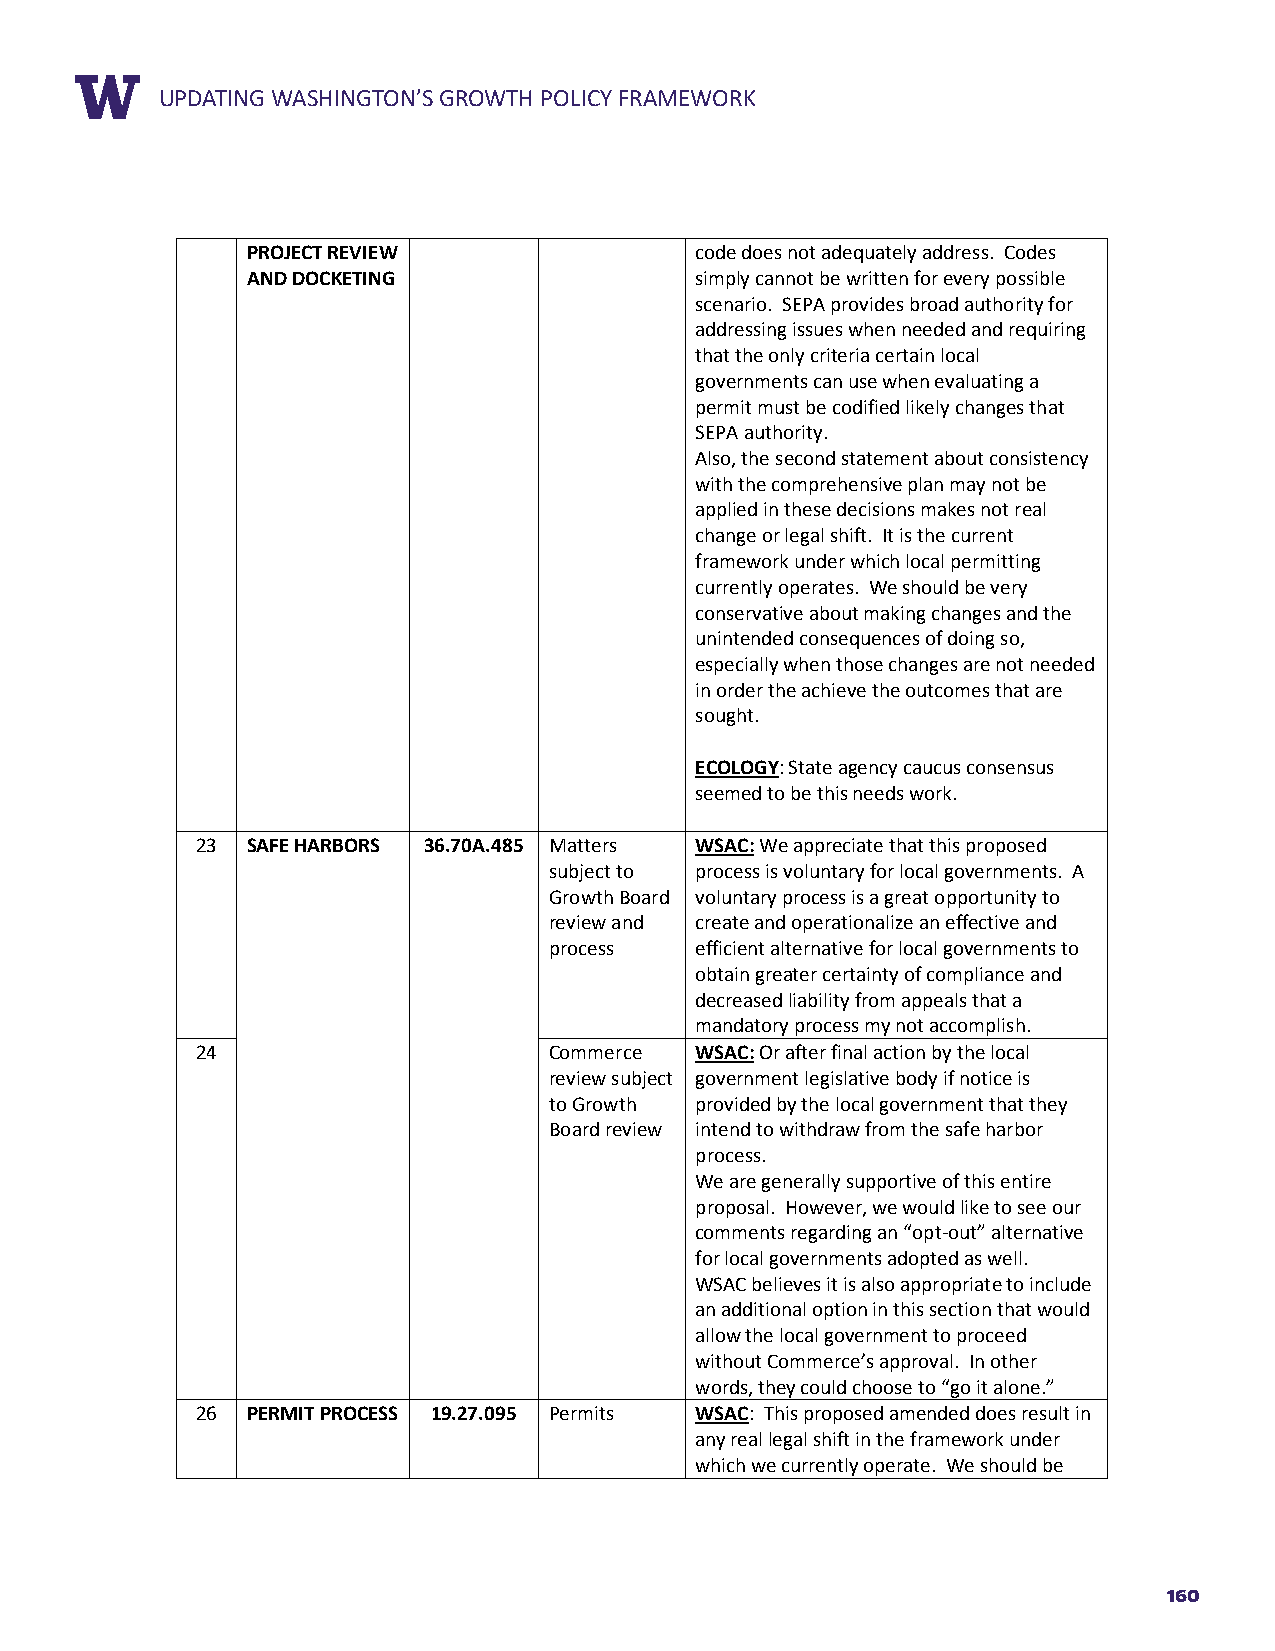
RUEPPDOARTTIN TGIT WLEASHINGTON’S GROWTH POLICY FRAMEWORK
 PROJECT REVIEW                code does not adequately address. Codes
 AND DOCKETING                 simply cannot be written for every possible
 scenario. SEPA provides broad authority for
 addressing issues when needed and requiring
 that the only criteria certain local
 governments can use when evaluating a
 permit must be codified likely changes that
 SEPA authority.
 Also, the second statement about consistency
 with the comprehensive plan may not be
 applied in these decisions makes not real
 change or legal shift. It is the current
 framework under which local permitting
 currently operates. We should be very
 conservative about making changes and the
 unintended consequences of doing so,
 especially when those changes are not needed
 in order the achieve the outcomes that are
 sought.
 ECOLOGY: State agency caucus consensus
 seemed to be this needs work.
 23 SAFE HARBORS 36.70A.485 Matters WSAC: We appreciate that this proposed
 subject to process is voluntary for local governments. A
 Growth Board voluntary process is a great opportunity to
 review and create and operationalize an effective and
 process   efficient alternative for local governments to
 obtain greater certainty of compliance and
 decreased liability from appeals that a
 mandatory process my not accomplish.
 24                     Commerce  WSAC: Or after final action by the local
 review subject government legislative body if notice is
 to Growth provided by the local government that they
 Board review intend to withdraw from the safe harbor
 process.
 We are generally supportive of this entire
 proposal. However, we would like to see our
 comments regarding an “opt-out” alternative
 for local governments adopted as well.
 WSAC believes it is also appropriate to include
 an additional option in this section that would
 allow the local government to proceed
 without Commerce’s approval. In other
 words, they could choose to “go it alone.”
 26 PERMIT PROCESS 19.27.095 Permits WSAC: This proposed amended does result in
 any real legal shift in the framework under
 which we currently operate. We should be
 160